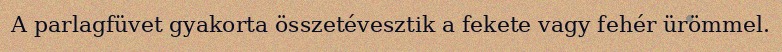
A parlagfüvet gyakorta összetévesztik a fekete vagy fehér ürömmel.